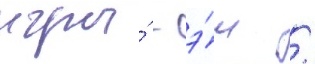
игры́ - э́ш /